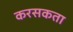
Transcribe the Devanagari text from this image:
करसकता